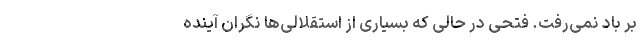
بر باد نمی‌رفت. فتحی در حالی که بسیاری از استقلالی‌ها نگران آینده